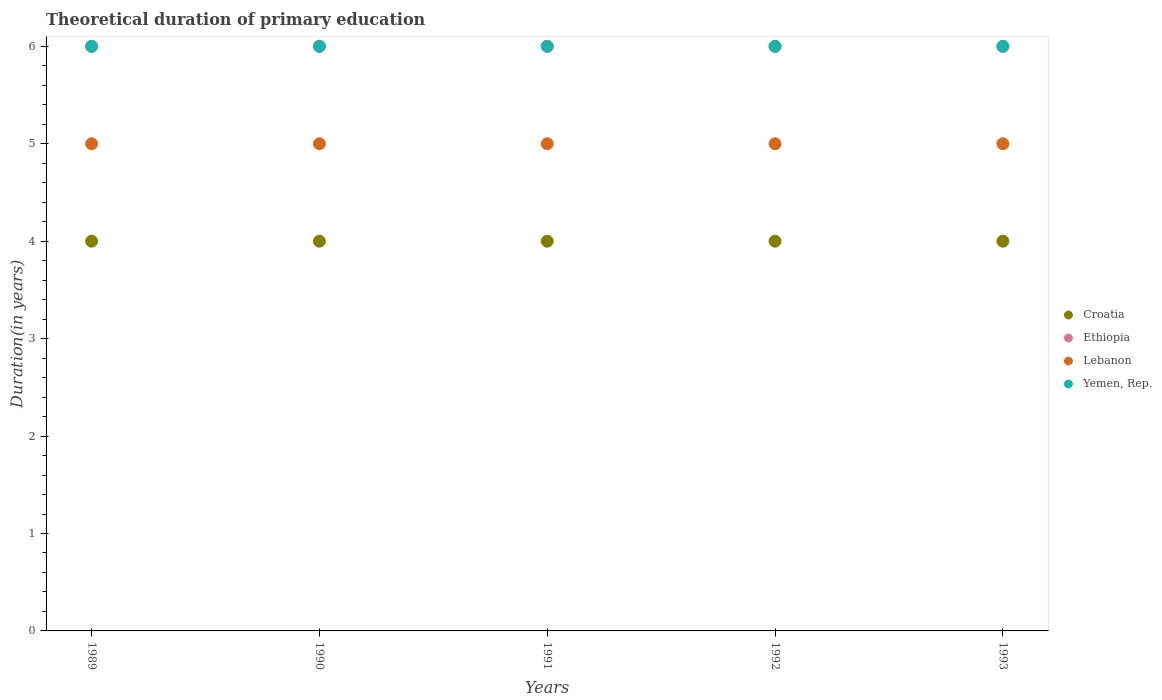
| Years | Croatia | Ethiopia | Lebanon | Yemen, Rep. |
 | --- | --- | --- | --- | --- |
 | 1989 | 4 | 6 | 5 | 6 |
 | 1990 | 4 | 6 | 5 | 6 |
 | 1991 | 4 | 6 | 5 | 6 |
 | 1992 | 4 | 6 | 5 | 6 |
 | 1993 | 4 | 6 | 5 | 6 |